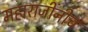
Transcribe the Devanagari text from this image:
महाराजींनीच